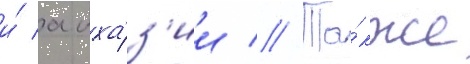
и́ абха́з'ии // Та́кже